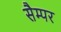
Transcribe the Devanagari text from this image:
सैम्पर